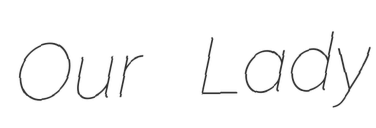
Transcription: Our Lady